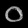
Digit: ၀